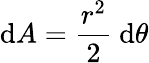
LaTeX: \mathrm{d}A={\frac{r^{2}}{2}}\ \mathrm{d}\theta